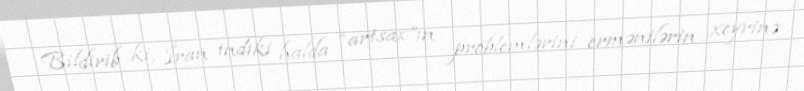
Bildirib ki, İran indiki halda “artsax”ın problemlərini ermənilərin xeyrinə